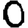
Digit: 0